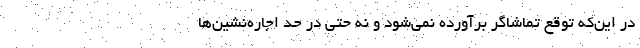
در این‌که توقع تماشاگر برآورده نمی‌شود و نه حتی در حد اجاره‌نشین‌ها